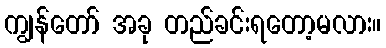
ကျွန်တော် အခု တည်ခင်းရတော့မလား။